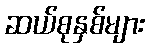
ဆယ်စုနှစ်များ